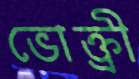
ভোক্ত্রী